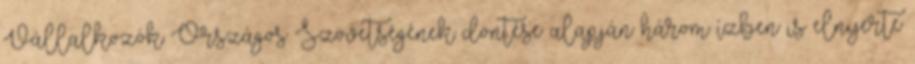
Vállalkozók Országos Szövetségének döntése alapján három ízben is elnyerte